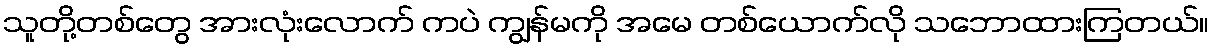
သူတို့တစ်တွေ အားလုံးလောက် ကပဲ ကျွန်မကို အမေ တစ်ယောက်လို သဘောထားကြတယ်။